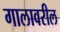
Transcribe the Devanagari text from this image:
गालावरील